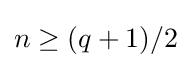
n\geq (q+1)/2